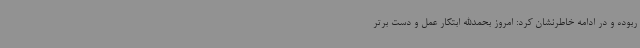
ربوده و در ادامه خاطرنشان کرد: امروز بحمدالله ابتکار عمل و دست برتر